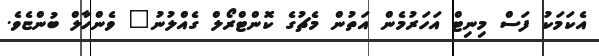
އެކަމަކު ފަސް މިނިޓް އަހަރުމެން އަތުން މެޗުގެ ކޮންޓްރޯލް ގެއްލުނު" ވެންހާލް ބުންޏެވެ.